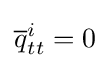
{\overline {q}}_{tt}^{i}=0